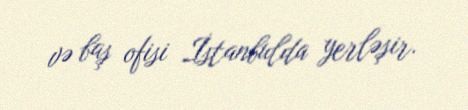
və baş ofisi İstanbulda yerləşir.